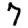
Digit: 7